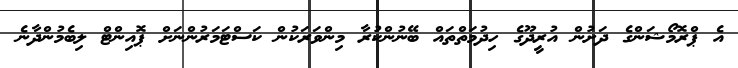
އެ ޕްރޮމޯޝަންގެ ދަށުން އުރީދޫގެ ހިދުމަތްތައް ބޭނުންކުރާ މިންވަރަކުން ކަސްޓަމަރުންނަށް ޕޮއިންޓް ލިބެމުންދާނެ